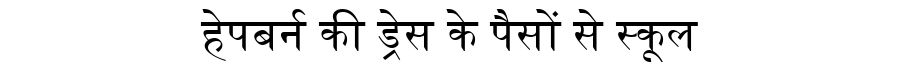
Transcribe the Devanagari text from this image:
हेपबर्न की ड्रेस के पैसों से स्कूल